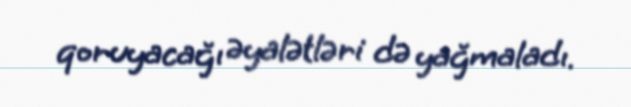
qoruyacağı əyalətləri də yağmaladı.